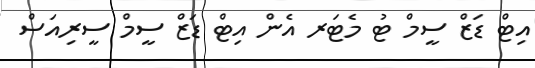
އިޓް ޑަޒް ސީމް ޓު މެޓަރ އެން އިޓް ޑަޒް ސީމް ސީރިއަސް